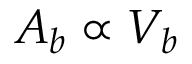
A _ { b } \propto V _ { b }